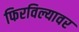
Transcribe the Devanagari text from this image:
फिरविल्यावर